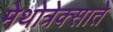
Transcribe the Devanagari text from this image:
मेथोत्रेक्साते